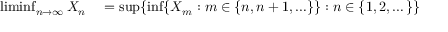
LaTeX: \begin{array} { r l } { \operatorname* { l i m i n f } _ { n \to \infty } X _ { n } } & { { } = \operatorname* { s u p } \{ \operatorname* { i n f } \{ X _ { m } : m \in \{ n , n + 1 , \ldots \} \} : n \in \{ 1 , 2 , \dots \} \} } \end{array}